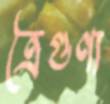
ত্রৈগুণ্য